Indian journal of veterinary science and animal husbandry - Volumes 15-17, 1948-1951
Year: 1948
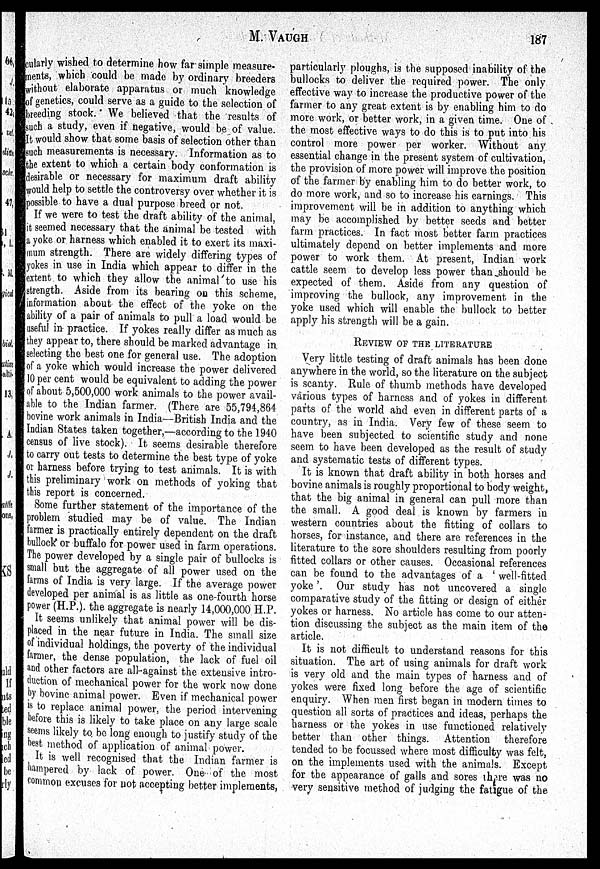
M.
VAUGH
187
cularly wished to determine how far simple measure-
ments, which could be made by ordinary breeders
without elaborate apparatus or much knowledge
of genetics, could serve as a guide to the selection of
breeding stock. We believed that the results of
such a study, even if negative, would be of value.
It would show that some basis of selection other than
such measurements is necessary. Information as to
the extent to which a certain body conformation is
desirable or necessary for maximum draft ability
would help to settle the controversy over whether it is
possible to have a dual purpose breed or not.
If we were to test the draft ability of the animal,
it seemed necessary that the animal be tested with
a yoke or harness which enabled it to exert its maxi-
mum strength. There are widely differing types of
yokes in use in India which appear to differ in the
extent to which they allow the animal to use his
strength. Aside from its bearing on this scheme,
information about the effect of the yoke on the
ability of a pair of animals to pull a load would be
useful in practice. If yokes really differ as much as
they appear to, there should be marked advantage in.
selecting the best one for general use. The adoption
of a yoke which would increase the power delivered
10 per cent would be equivalent to adding the power
of about 5,500,000 work animals to the power avail-
able to the Indian farmer. (There are 55,794,864
bovine work animals in India—British India and the
Indian States taken together,—according to the 1940
census of live stock). It seems desirable therefore
to carry out tests to determine the best type of yoke
or harness before trying to test animals. It is with
this preliminary work on methods of yoking that
this report is concerned.
Some further statement of the importance of the
problem studied may be of value. The Indian
farmer is practically entirely dependent on the draft
bullock or buffalo for power used in farm operations.
The power developed by a single pair of bullocks is
small but the aggregate of all power used on the
farms of India is very large. If the average power
developed per animal is as little as one-fourth horse
power (H.P.). the aggregate is nearly 14,000,000 H.P.
It seems unlikely that animal power will be dis-
placed in the near future in India. The small size
of individual holdings, the poverty of the individual
farmer, the dense population, the lack of fuel oil
and other factors are all-against the extensive intro-
duction of mechanical power for the work now done
by bovine animal power. Even if mechanical power
is to replace animal power, the period intervening
before this is likely to take place on any large scale
seems likely to be long enough to justify study of the
best method of application of animal power.
It is well recognised that the Indian farmer is
hampered by lack of power. One of the most
common excuses for not accepting better implements,
particularly ploughs, is the supposed inability of the
bullocks to deliver the required power. The only
effective way to increase the productive power of the
farmer to any great extent is by enabling him to do
more work, or better work, in a given time. One of
the most effective ways to do this is to put into his
control more power per worker. Without any
essential change in the present system of cultivation,
the provision of more power will improve the position
of the farmer by enabling him to do better work, to
do more work, and so to increase his earnings. This
improvement will be in addition to anything which
may be accomplished by better seeds and better
farm practices. In fact most better farm practices
ultimately depend on better implements and more
power to work them. At present, Indian work
cattle seem to develop less power than should be
expected of them. Aside from any question of
improving the bullock, any improvement in the
yoke used which will enable the bullock to better
apply his strength will be a gain.
REVIEW OF THE LITERATURE
Very little testing of draft animals has been done
anywhere in the world, so the literature on the subject
is scanty. Rule of thumb methods have developed
various types of harness and of yokes in different
parts of the world and even in different parts of a
country, as in India. Very few of these seem to
have been subjected to scientific study and none
seem to have been developed as the result of study
and systematic tests of different types.
It is known that draft ability in both horses and
bovine animals is roughly proportional to body weight,
that the big animal in general can pull more than
the small. A good deal is known by farmers in
western countries about the fitting of collars to
horses, for instance, and there are references in the
literature to the sore shoulders resulting from poorly
fitted collars or other causes. Occasional references
can be found to the advantages of a 'well-fitted
yoke'. Our study has not uncovered a single
comparative study of the fitting or design of either
yokes or harness. No article has come to our atten-
tion discussing the subject as the main item of the
article.
It is not difficult to understand reasons for this
situation. The art of using animals for draft work
is very old and the main types of harness and of
yokes were fixed long before the age of scientific
enquiry. When men first began in modern times to
question all sorts of practices and ideas, perhaps the
harness or the yokes in use functioned relatively
better than other things. Attention therefore
tended to be focussed where most difficulty was felt,
on the implements used with the animals. Except
for the appearance of galls and sores there was no
very sensitive method of judging the fatigue of the.